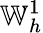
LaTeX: \mathbb{W}_{h}^{1}